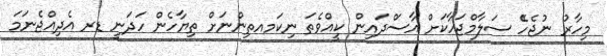
މިހާރު ނުޖެހޭެ ސަލާމްޖަހާކަށް އާސަްދައިން ކީއްވެތަ ނިކަމއތިންނަށް ތިޔާހެން ހަދަނީ ޑރ އެދިއްޖެނަމަ